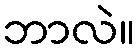
ဘာလဲ။